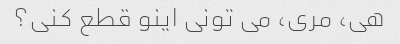
هی، مری، می تونی اینو قطع کنی؟